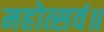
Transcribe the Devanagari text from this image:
महोत्सवं॥